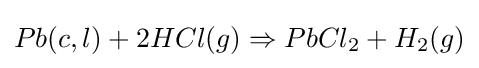
Pb(c,l)+2HCl(g)\Rightarrow PbCl_{2}+H_{2}(g)